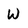
Character: W